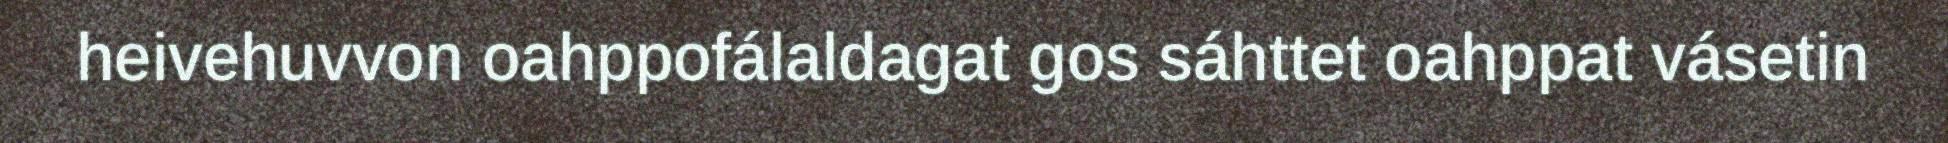
heivehuvvon oahppofálaldagat gos sáhttet oahppat vásetin